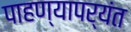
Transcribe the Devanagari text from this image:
पाहण्यापर्यंत